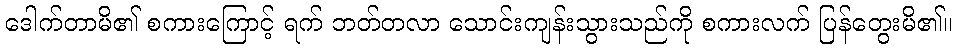
ဒေါက်တာမိ၏ စကားကြောင့် ရက် ဘတ်တလာ သောင်းကျန်းသွားသည်ကို စကားလက် ပြန်တွေးမိ၏။